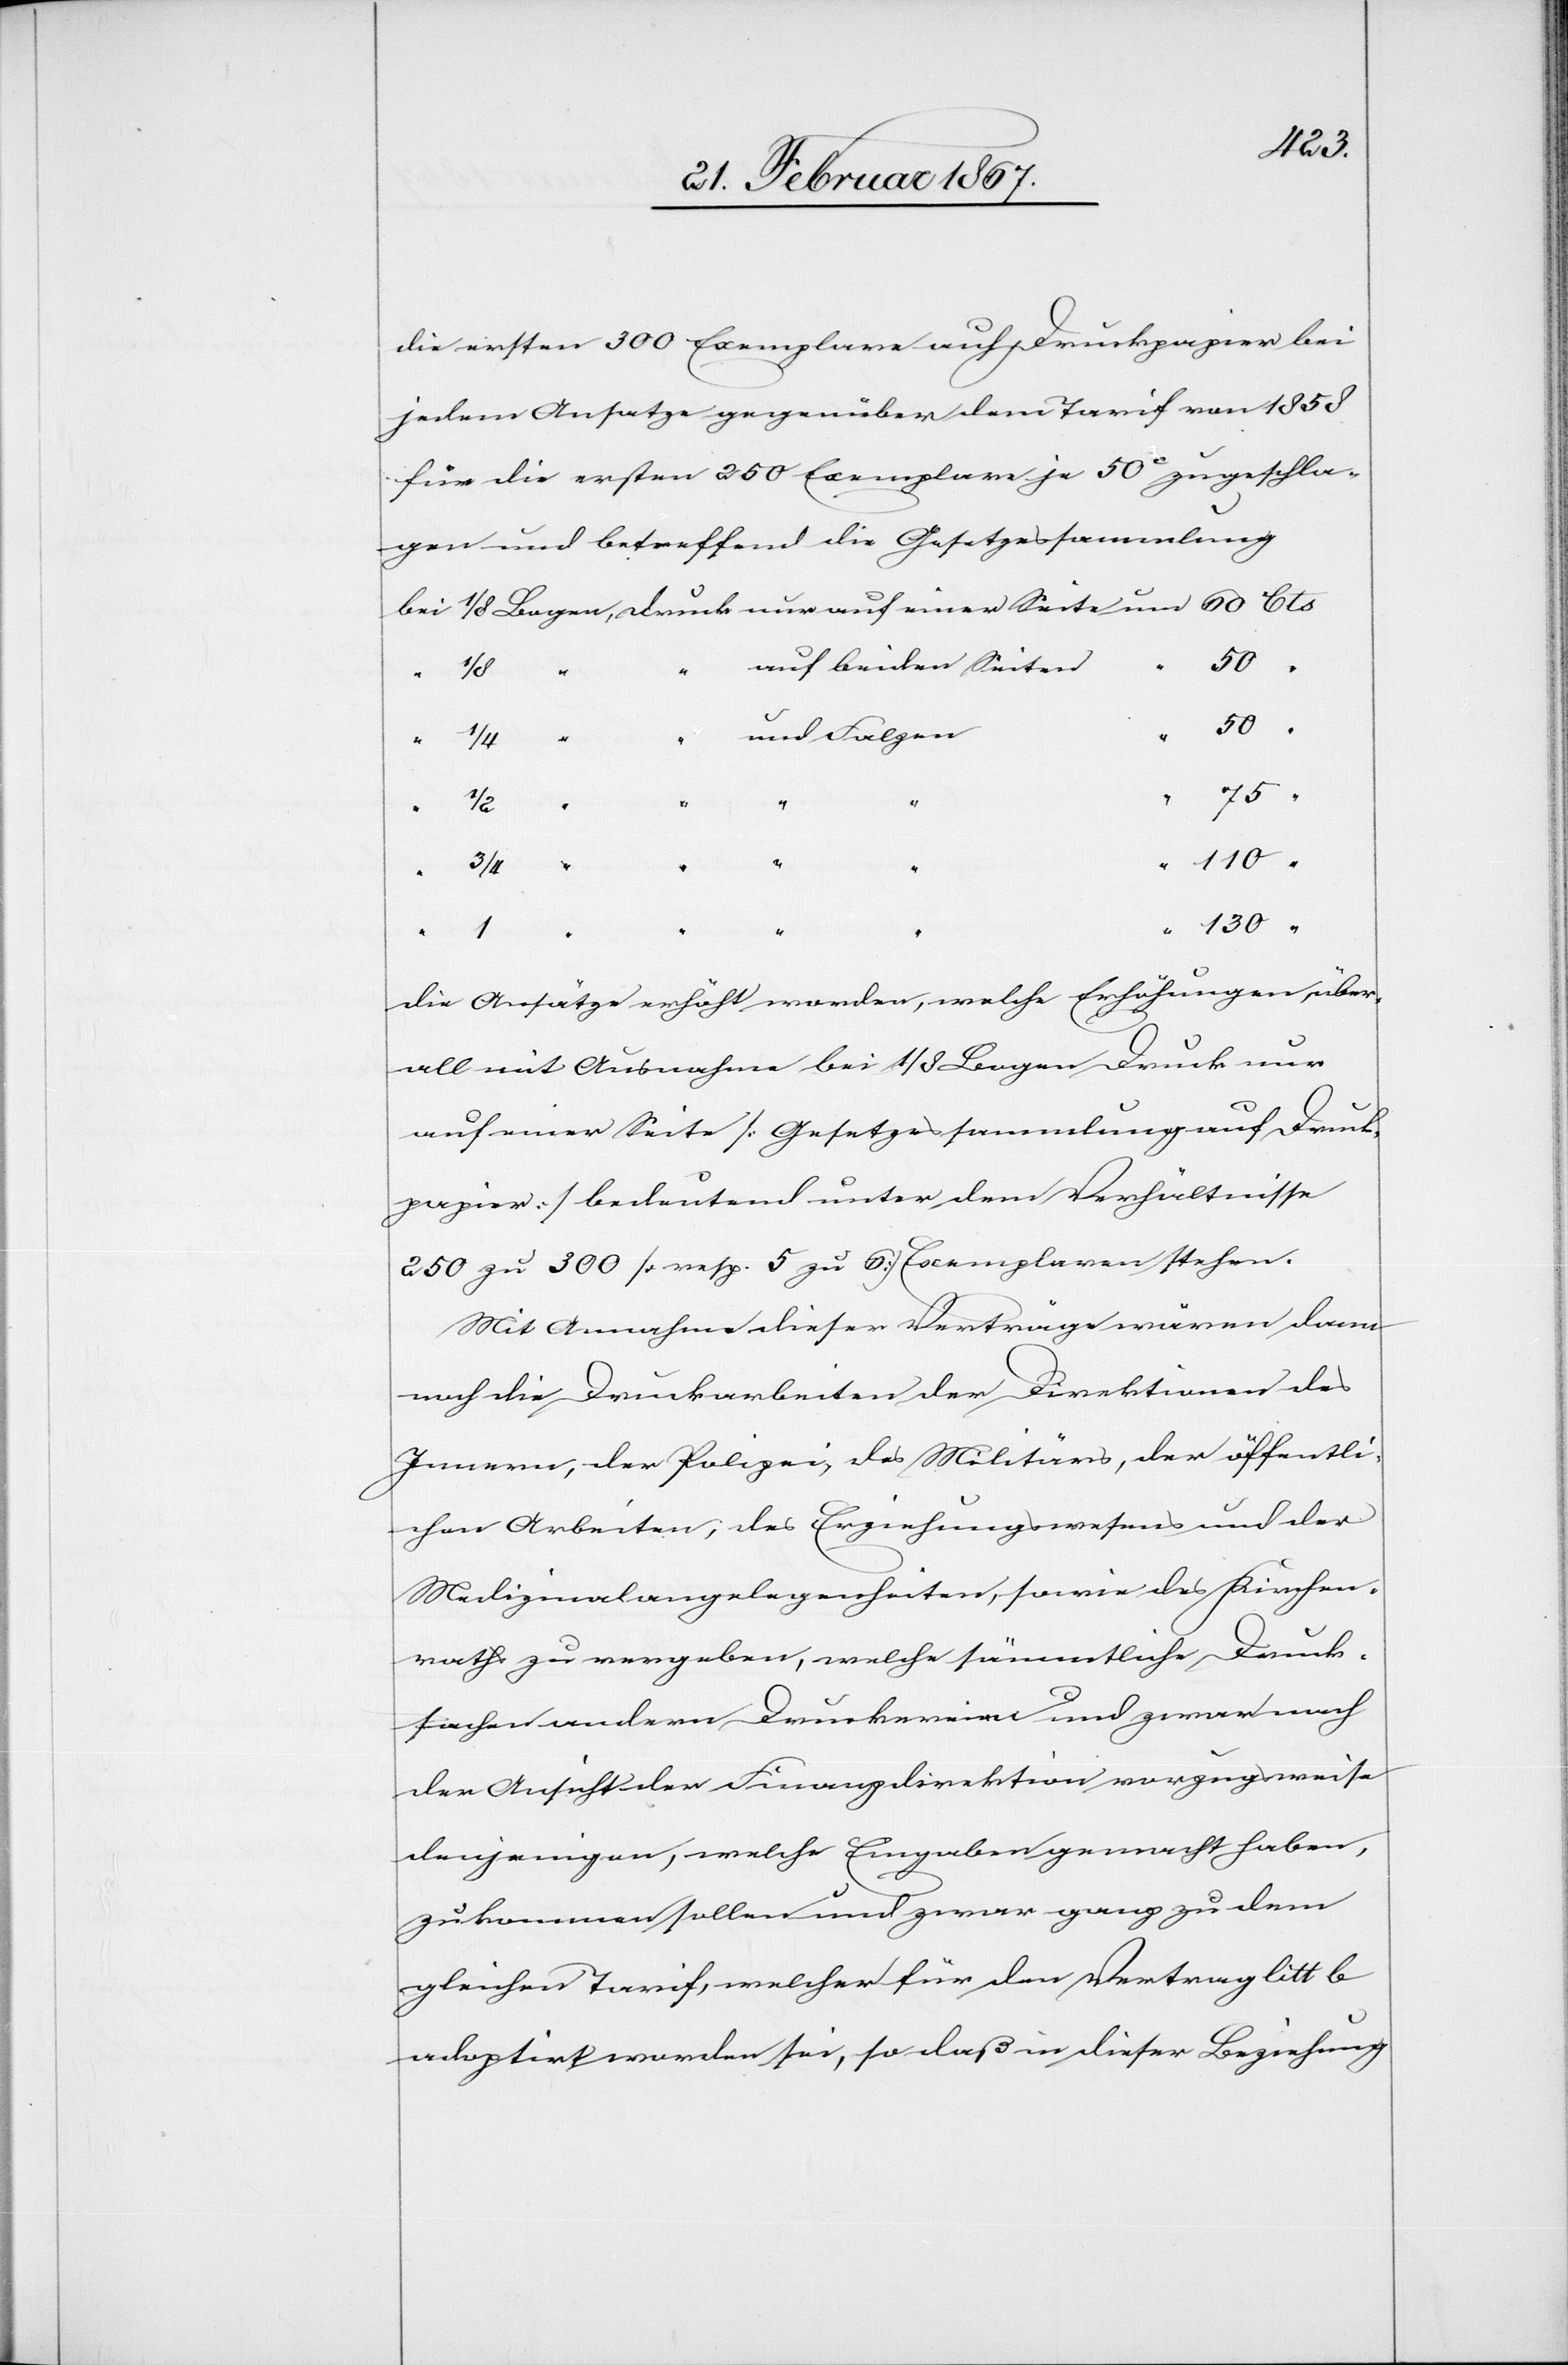
die ersten 300 Exemplare auf Druckpapier bei
jedem Ansatze gegenüber dem Tarif von 1858
für die ersten 250 Exemplare je 50c zugeschla¬
gen und betreffend die Gesetzessammlung
bei 	1/8 Bogen, druck 	nur auf einer Seite um 	 60 Cts
“	auf beiden Seiten
50
“	und Falzen
“
1 “
“
“ “
“
“
die Ansätze erhöht worden, welche Erhöhungen über¬
all mit Ausnahme bei 1/8 Bogen Druck nur
auf einer Seite [Gesetzessammlung auf Druck¬
papier] bedeutend unter dem Verhältnisse
250 zu 300 [resp. 5 zu 6] Exemplaren stehen.
Mit Annahme dieser Verträge wären dem¬
nach die Druckarbeiten der Direktion des
Innern, der Polizei, des Militärs, der öffentli¬
chen Arbeiten, des Erziehungswesens und der
Medizinalangelegenheiten, sowie des Kirchen¬
raths zu vergeben, welche sämmtliche Druck¬
sachen andern Druckereien und zwar nach
der Ansicht der Finanzdirektion vorzugsweise
denjenigen, welche Eingaben gemacht haben,
zukommen sollen und zwar ganz zu dem
gleichen Tarif, welcher für den Vertrag litt b
adoptirt worden sei, so daß in dieser Beziehung